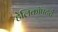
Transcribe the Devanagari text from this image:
हेलिकॉपटरों